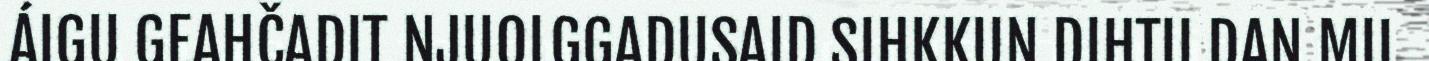
ÁIGU GEAHČADIT NJUOLGGADUSAID SIHKKUN DIHTII DAN MII